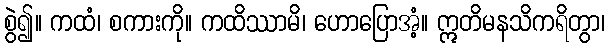
စွဲ၍။ ကထံ၊ စကားကို။ ကထိဿာမိ၊ ဟောပြောအံ့။ ဣတိမနသိကရိတွာ၊